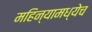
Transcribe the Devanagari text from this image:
महिन्यामध्येच